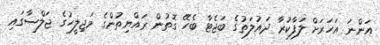
އަންނަ އަހަރަށް ލަފާކުރާ ދައުލަތުގެ ބަޖެޓާ ބެހޭ ގޮތުން ރައްޔިތުންގެ މަޖިލީހުގެ ޖަލްސާގައި